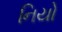
નિયો